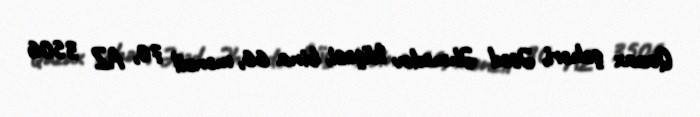
Qazax şəhəri, Əsəd Əhmədov küçəsi, bina 66, mənzil 70, AZ 3506